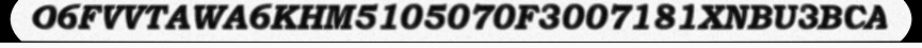
O6FVVTAWA6KHM5105070F3007181XNBU3BCA